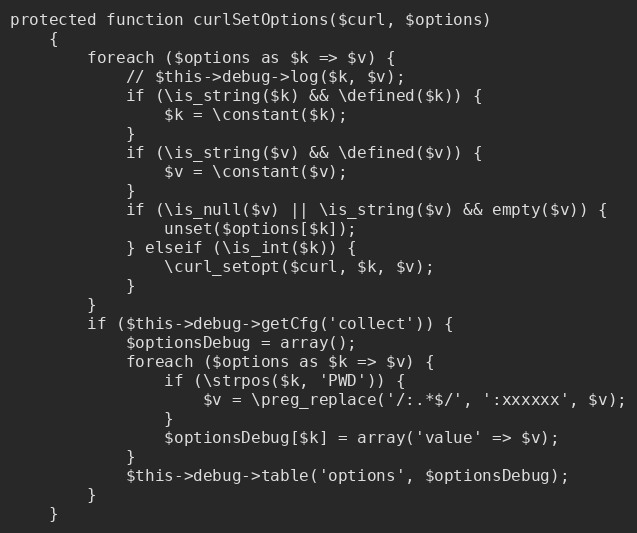
Language: PHP
protected function curlSetOptions($curl, $options)
    {
        foreach ($options as $k => $v) {
            // $this->debug->log($k, $v);
            if (\is_string($k) && \defined($k)) {
                $k = \constant($k);
            }
            if (\is_string($v) && \defined($v)) {
                $v = \constant($v);
            }
            if (\is_null($v) || \is_string($v) && empty($v)) {
                unset($options[$k]);
            } elseif (\is_int($k)) {
                \curl_setopt($curl, $k, $v);
            }
        }
        if ($this->debug->getCfg('collect')) {
            $optionsDebug = array();
            foreach ($options as $k => $v) {
                if (\strpos($k, 'PWD')) {
                    $v = \preg_replace('/:.*$/', ':xxxxxx', $v);
                }
                $optionsDebug[$k] = array('value' => $v);
            }
            $this->debug->table('options', $optionsDebug);
        }
    }